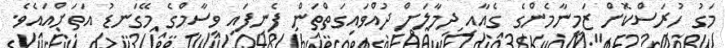
މަގު ހުރަސްކޮށް ޒަމީނާމެންގެ ގެއާއި ދިމާލަށް ދުއްވައިގަތްތަން ފެނިފައި ވިސާމްގެ މޭގަނޑު އަތަށްއައެވެ.